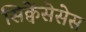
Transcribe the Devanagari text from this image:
सिक्वेंसेसेस